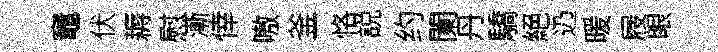
竈伏耨慰漸倖嗷釜恪説约闌丹驕絕辸暖屐眼